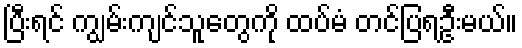
ပြီးရင် ကျွမ်းကျင်သူတွေကို ထပ်မံ တင်ပြရဦးမယ်။